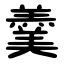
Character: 羹